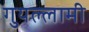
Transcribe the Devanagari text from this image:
गुयल्लामी